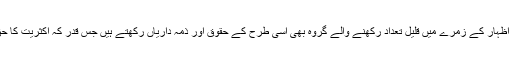
آزادئ اظہار کے زمرے میں قلیل تعداد رکھنے والے گروہ بھی اُسی طرح کے حقوق اور ذمہ داریاں رکھتے ہیں جس قدر کہ اکثریت کا حق ہے۔